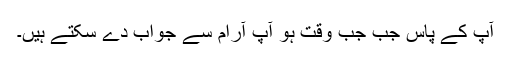
آپ کے پاس جب جب وقت ہو آپ آرام سے جواب دے سکتے ہیں۔